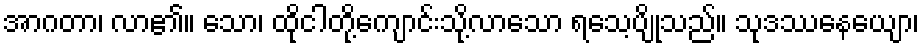
အာဂတာ၊ လာ၏။ သော၊ ထိုငါတို့ကျောင်းသို့လာသော ရသေ့ပျိုသည်။ သုဒဿနေယျော၊